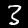
Digit: 3